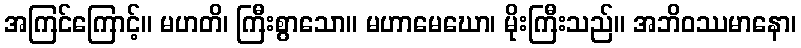
အကြင်ကြောင့်။ မဟတိ၊ ကြီးစွာသော။ မဟာမေဃော၊ မိုးကြီးသည်။ အဘိဝဿမာနော၊